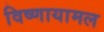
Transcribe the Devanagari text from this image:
विष्णायामल